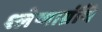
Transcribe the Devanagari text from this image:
श्लेष्माग्रंथि